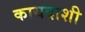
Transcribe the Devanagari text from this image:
कायदाशी